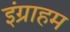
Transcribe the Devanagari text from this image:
इंग्राहम